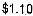
$1.10